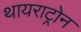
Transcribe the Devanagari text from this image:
थायराट्रोन